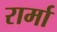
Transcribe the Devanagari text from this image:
रार्मा